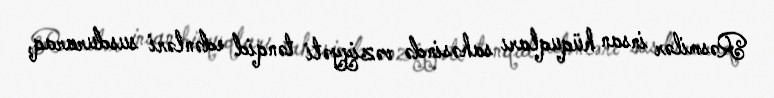
Rəsmilər insan hüquqları sahəsində vəziyyəti tənqid edənləri susduraraq,